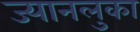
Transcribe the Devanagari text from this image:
ज्यानलुका